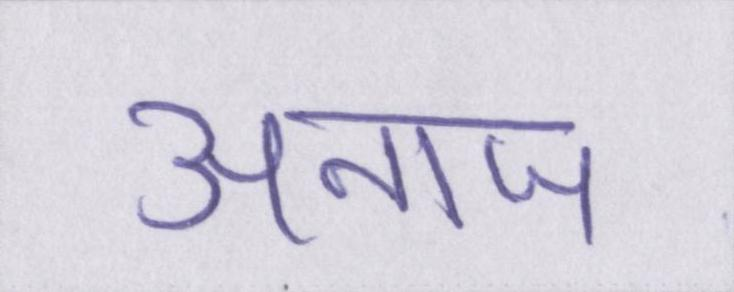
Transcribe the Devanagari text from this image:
अनाज